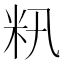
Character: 籸